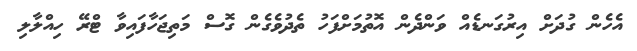
އެހެން ގުދަށް އިރުގަނޑެއް ވަންދެން އޮތުމަށްފަހު ތެދުވެގެން ގޮސް މަތިޖަހާފައިވާ ޓްރޭ ހިއްލާލި